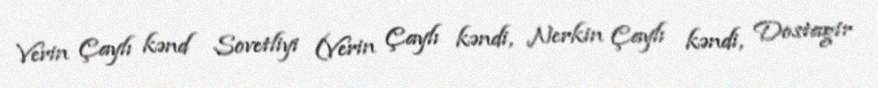
Verin Çaylı kənd Sovetliyi (Verin Çaylı kəndi, Nerkin Çaylı kəndi, Dostagir